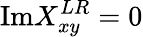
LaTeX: \mathrm{Im}X_{xy}^{LR}=0